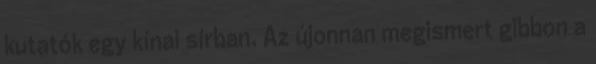
kutatók egy kínai sírban. Az újonnan megismert gibbon a